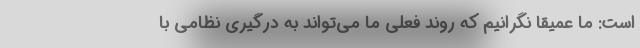
است: ما عمیقا نگرانیم که روند فعلی ما می‌تواند به درگیری نظامی با